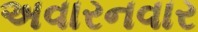
અવારનવાર